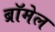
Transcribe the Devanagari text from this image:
ब्रॉमेल